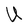
Character: U